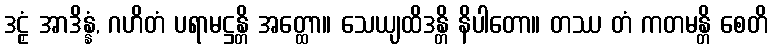
ဒဠှံ အာဒိန္နံ, ဂဟိတံ ပရာမဋ္ဌန္တိ အတ္ထော။ သေယျထိဒန္တိ နိပါတော။ တဿ တံ ကတမန္တိ စေတိ